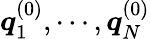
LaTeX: \boldsymbol{q}_{1}^{(0)},\cdots,\boldsymbol{q}_{N}^{(0)}